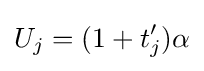
U_{j}=(1+t'_{j})\alpha